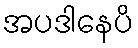
အပဒါနေပိ